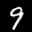
Label: 9